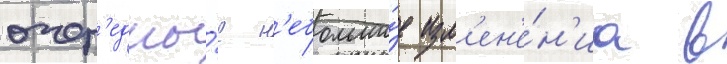
очер'едны́е н'ебольши́е изм'ен'е́н'иа в